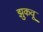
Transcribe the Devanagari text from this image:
झुकवू